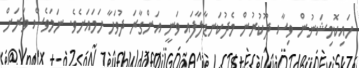
ހައިކޮމިޝަނުން ވިސާ ދޫކުރުން މެދުކަނޑާލާފައި ވަނީ އަންގާރަ ދުވަހާ ހަމައަށެވެ. ނަމަވެސް ވަރަށް